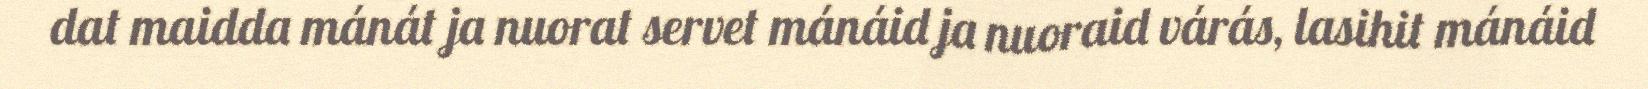
dat maidda mánát ja nuorat servet mánáid ja nuoraid várás, lasihit mánáid